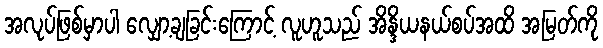
အလုပ်ဖြစ်မှာပါ လျှော့ချခြင်းကြောင့် လူဟူသည် အိန္ဒိယနယ်စပ်အထိ အမြတ်ကို